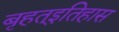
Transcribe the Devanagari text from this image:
बृहत्इतिहास